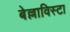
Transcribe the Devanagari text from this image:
बेल्लाविस्टा